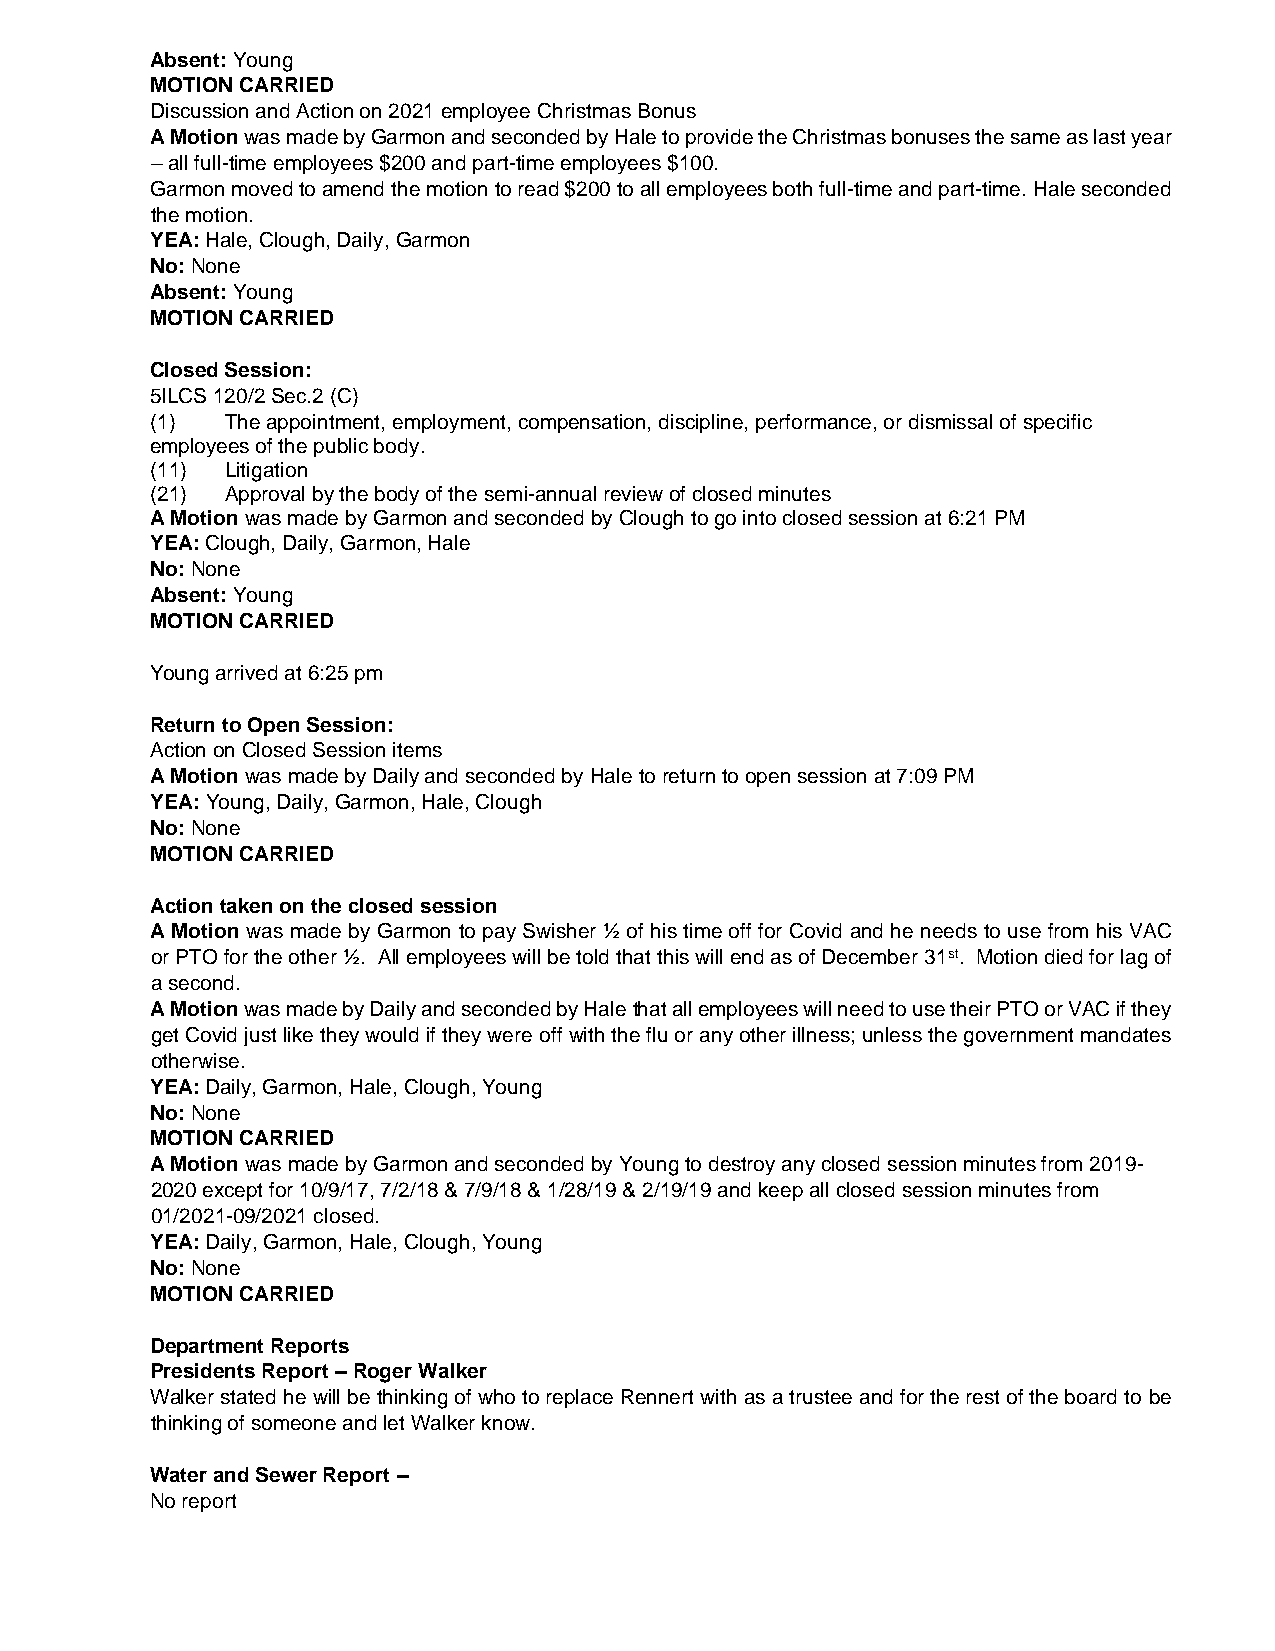
Absent: Young
 MOTION CARRIED
 Discussion and Action on 2021 employee Christmas Bonus
 A Motion was made by Garmon and seconded by Hale to provide the Christmas bonuses the same as last year
 – all full-time employees $200 and part-time employees $100.
 Garmon moved to amend the motion to read $200 to all employees both full-time and part-time. Hale seconded
 the motion.
 YEA: Hale, Clough, Daily, Garmon
 No: None
 Absent: Young
 MOTION CARRIED
 Closed Session:
 5ILCS 120/2 Sec.2 (C)
 (1)  The appointment, employment, compensation, discipline, performance, or dismissal of specific
 employees of the public body.
 (11) Litigation
 (21) Approval by the body of the semi-annual review of closed minutes
 A Motion was made by Garmon and seconded by Clough to go into closed session at 6:21 PM
 YEA: Clough, Daily, Garmon, Hale
 No: None
 Absent: Young
 MOTION CARRIED
 Young arrived at 6:25 pm
 Return to Open Session:
 Action on Closed Session items
 A Motion was made by Daily and seconded by Hale to return to open session at 7:09 PM
 YEA: Young, Daily, Garmon, Hale, Clough
 No: None
 MOTION CARRIED
 Action taken on the closed session
 A Motion was made by Garmon to pay Swisher ½ of his time off for Covid and he needs to use from his VAC
 or PTO for the other ½. All employees will be told that this will end as of December 31st. Motion died for lag of
 a second.
 A Motion was made by Daily and seconded by Hale that all employees will need to use their PTO or VAC if they
 get Covid just like they would if they were off with the flu or any other illness; unless the government mandates
 otherwise.
 YEA: Daily, Garmon, Hale, Clough, Young
 No: None
 MOTION CARRIED
 A Motion was made by Garmon and seconded by Young to destroy any closed session minutes from 2019-
 2020 except for 10/9/17, 7/2/18 & 7/9/18 & 1/28/19 & 2/19/19 and keep all closed session minutes from
 01/2021-09/2021 closed.
 YEA: Daily, Garmon, Hale, Clough, Young
 No: None
 MOTION CARRIED
 Department Reports
 Presidents Report – Roger Walker
 Walker stated he will be thinking of who to replace Rennert with as a trustee and for the rest of the board to be
 thinking of someone and let Walker know.
 Water and Sewer Report –
 No report